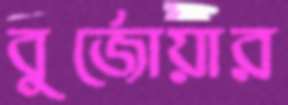
বুর্জোয়ার